Civil Veterinary Department Bengal reports 1923-33 - 1923-1933
Year: 1923
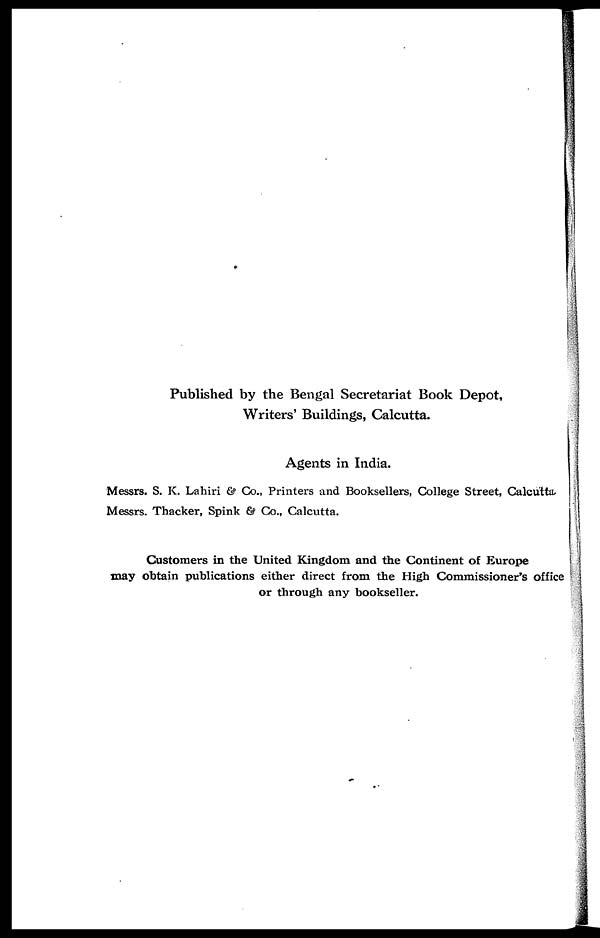
Published by the Bengal Secretariat Book Depot,
Writers' Buildings, Calcutta.
Agents in India.
Messrs. S. K. Lahiri & Co., Printers and Booksellers, College Street, Calcutta,
Messrs. Thacker, Spink & Co., Calcutta.
Customers in the United Kingdom and the Continent of Europe
may obtain publications either direct from the High Commissioner's office
or through any bookseller.